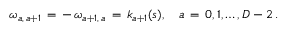
\omega _ { a , \, a + 1 } \, = \, - \, \omega _ { a + 1 , \, a } \, = \, k _ { a + 1 } ( s ) , \quad a \, = \, 0 , 1 , \ldots , D - 2 \, { . }